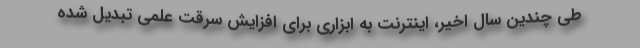
طی چندین سال اخیر، اینترنت به ابزاری برای افزایش سرقت علمی تبدیل شده